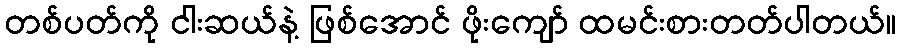
တစ်ပတ်ကို ငါးဆယ်နဲ့ ဖြစ်အောင် ဖိုးကျော် ထမင်းစားတတ်ပါတယ်။